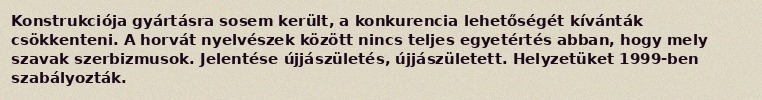
Konstrukciója gyártásra sosem került, a konkurencia lehetőségét kívánták csökkenteni. A horvát nyelvészek között nincs teljes egyetértés abban, hogy mely szavak szerbizmusok. Jelentése újjászületés, újjászületett. Helyzetüket 1999-ben szabályozták.